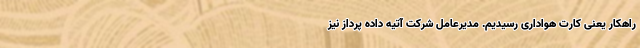
راهکار یعنی کارت هواداری رسیدیم. مدیرعامل شرکت آتیه داده پرداز نیز